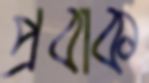
প্রবাক